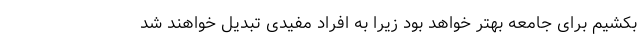
بکشیم برای جامعه بهتر خواهد بود زیرا به افراد مفیدی تبدیل خواهند شد